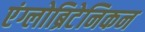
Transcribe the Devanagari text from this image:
एंग्लोब्रिटेनिकन